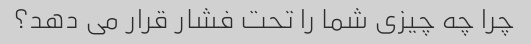
چرا چه چیزی شما را تحت فشار قرار می دهد؟